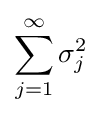
\sum _{j=1}^{\infty }\sigma _{j}^{2}